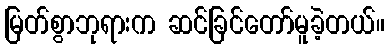
မြတ်စွာဘုရားက ဆင်ခြင်တော်မူခဲ့တယ်။